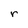
Character: r